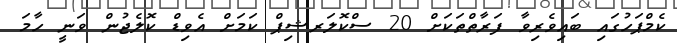
ކެމްޕަހުގައި ބައިވެރިވާ ފަރާތްތަކަށް 20 ސްކޮލަރޝިޕް ކަމަށް އެވިޑް ކޮލެޖުން ވަނީ ހާމަ